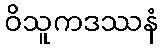
ဝိသူကဒဿနံ